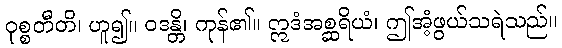
ဝုစ္စတီတိ၊ ဟူ၍။ ဝဒန္တိ၊ ကုန်၏။ ဣဒံအစ္ဆရိယံ၊ ဤအံ့ဖွယ်သရဲသည်။